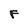
Character: F